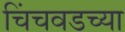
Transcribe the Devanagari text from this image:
चिंचवडच्या